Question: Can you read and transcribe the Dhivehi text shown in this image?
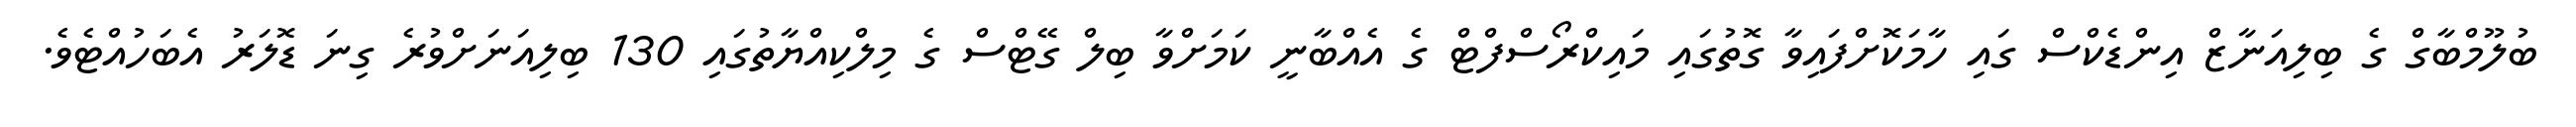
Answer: ބުލޫމްބާގް ގެ ބިލިއަނާޒް އިންޑެކްސް ގައި ހާމަކޮށްފައިވާ ގޮތުގައި މައިކްރޯސްފްޓް ގެ އެއްބާނީ ކަމަށްވާ ބިލް ގޭޓްސް ގެ މިލްކިއްޔާތުގައި 130 ބިލިއަނަށްވުރެ ގިނަ ޑޮލަރު އެބަހުއްޓެވެ.